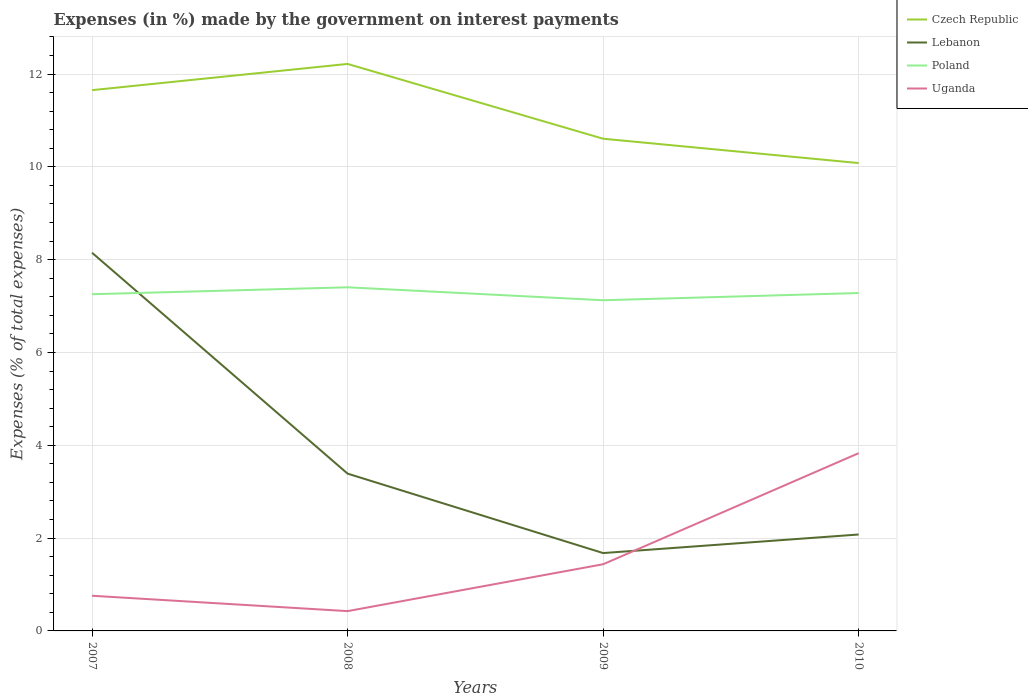
| Years | Czech Republic | Lebanon | Poland | Uganda |
 | --- | --- | --- | --- | --- |
 | 2007 | 11.7 | 8.15 | 7.26 | 0.758 |
 | 2008 | 12.2 | 3.39 | 7.4 | 0.427 |
 | 2009 | 10.6 | 1.68 | 7.13 | 1.44 |
 | 2010 | 10.1 | 2.08 | 7.28 | 3.83 |